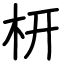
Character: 枅